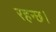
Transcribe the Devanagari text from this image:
रहन्छ।